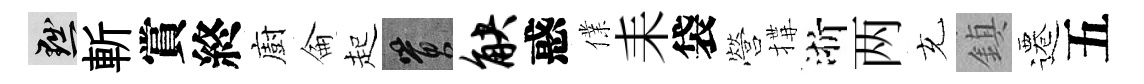
黜斬賞終廚侖起篔觖惑㒒耒袋營搆浙两充鎮遷五